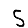
Digit: 5